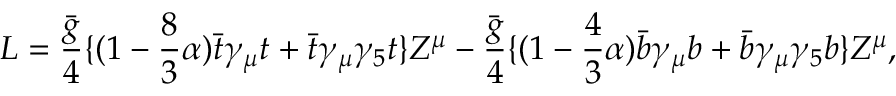
{ \cal L } = { \frac { \bar { g } } { 4 } } \{ ( 1 - { \frac { 8 } { 3 } } \alpha ) \bar { t } \gamma _ { \mu } t + \bar { t } \gamma _ { \mu } \gamma _ { 5 } t \} Z ^ { \mu } - { \frac { \bar { g } } { 4 } } \{ ( 1 - { \frac { 4 } { 3 } } \alpha ) \bar { b } \gamma _ { \mu } b + \bar { b } \gamma _ { \mu } \gamma _ { 5 } b \} Z ^ { \mu } ,